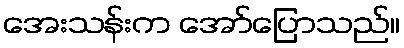
အေးသန်းက အော်ပြောသည်။